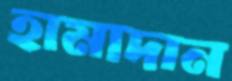
হামাদান